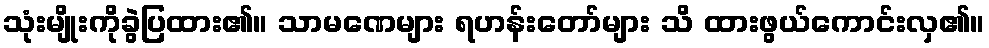
သုံးမျိုးကိုခွဲပြထား၏။ သာမဏေများ ရဟန်းတော်များ သိ ထားဖွယ်ကောင်းလှ၏။